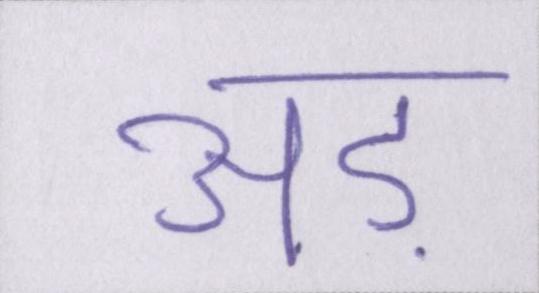
अड़